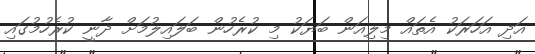
އަދި އަހަރަކު އެތައް މިލިއަން ބަޔަކު މި ކުރެހުން ބަލައިލުމަށް ދާނީ ކުރެހުމުގައި